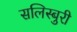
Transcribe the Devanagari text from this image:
सलिस्बुरी